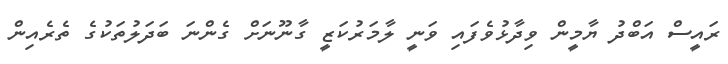
ރައީސް އަބްދު ޔާމީން ވިދާޅުވެފައި ވަނީ ލާމަރުކަޒީ ގާނޫނަށް ގެންނަ ބަދަލުތަކުގެ ތެރެއިން